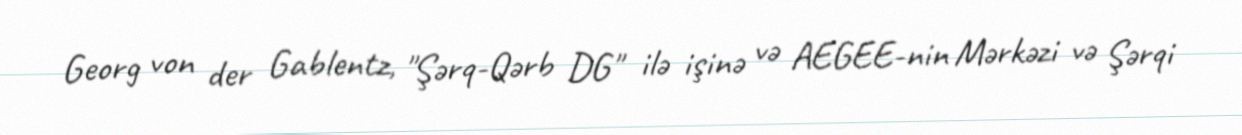
Georg von der Gablentz, "Şərq-Qərb DG" ilə işinə və AEGEE-nin Mərkəzi və Şərqi